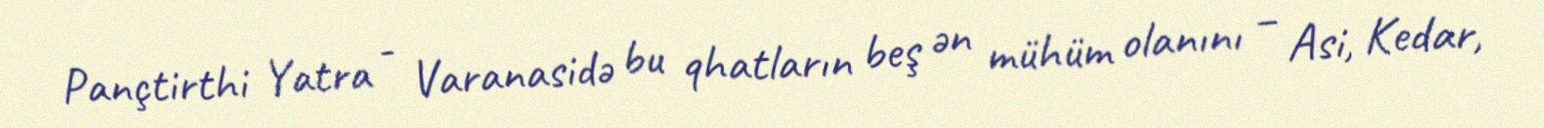
Pançtirthi Yatra - Varanasidə bu qhatların beş ən mühüm olanını – Asi, Kedar,